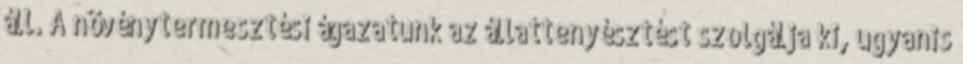
áll. A növénytermesztési ágazatunk az állattenyésztést szolgálja ki, ugyanis